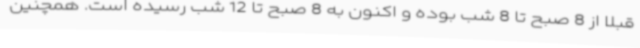
قبلا از 8 صبح تا 8 شب بوده و اکنون به 8 صبح تا 12 شب رسیده است. همچنین